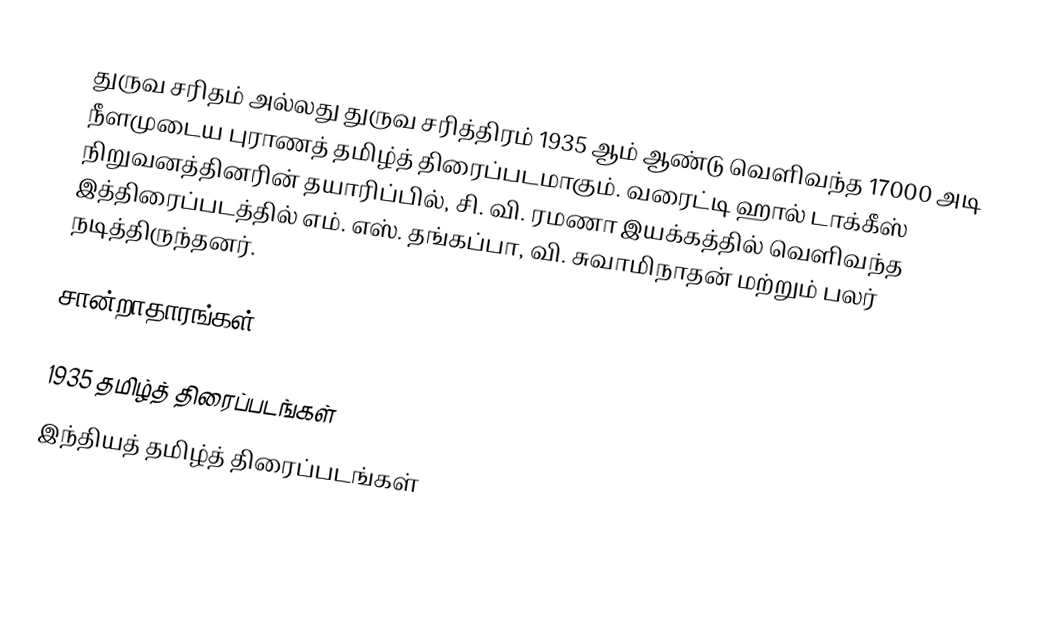
துருவ சரிதம் அல்லது துருவ சரித்திரம் 1935 ஆம் ஆண்டு வெளிவந்த 17000 அடி நீளமுடைய புராணத் தமிழ்த் திரைப்படமாகும். வரைட்டி ஹால் டாக்கீஸ் நிறுவனத்தினரின் தயாரிப்பில், சி. வி. ரமணா இயக்கத்தில் வெளிவந்த இத்திரைப்படத்தில் எம். எஸ். தங்கப்பா, வி. சுவாமிநாதன் மற்றும் பலர் நடித்திருந்தனர்.

சான்றாதாரங்கள்

1935 தமிழ்த் திரைப்படங்கள்
இந்தியத் தமிழ்த் திரைப்படங்கள்